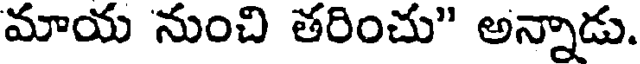
మాయ నుంచి తరించు" అన్నాడు.